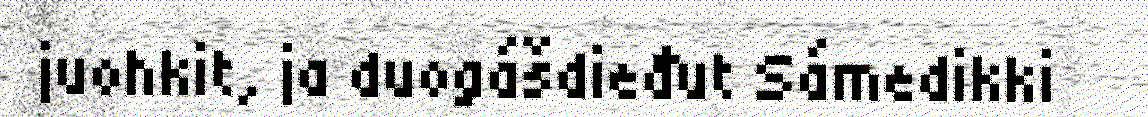
juohkit, ja duogášdieđut Sámedikki